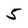
Character: 5